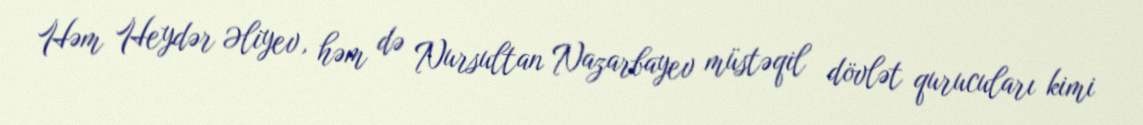
Həm Heydər Əliyev, həm də Nursultan Nazarbayev müstəqil dövlət qurucuları kimi